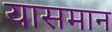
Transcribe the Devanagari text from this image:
यासमान